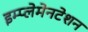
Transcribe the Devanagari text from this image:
इम्प्लेमेनटेशन